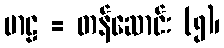
မာဠ = တန်ဆောင်း (၅)၊